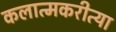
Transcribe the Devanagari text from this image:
कलात्मकरीत्या